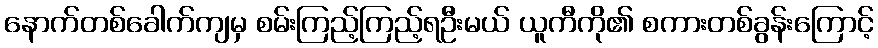
နောက်တစ်ခေါက်ကျမှ စမ်းကြည့်ကြည့်ရဦးမယ် ယူကီကို၏ စကားတစ်ခွန်းကြောင့်